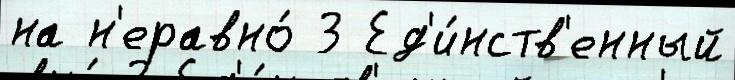
на н'еравно́ 3 Ед'и́нств'енный